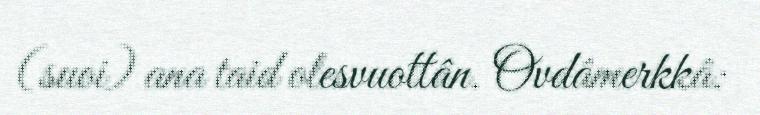
(suoi) ana taid olesvuottân. Ovdâmerkkâ: